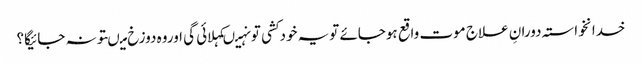
خدانخواستہ دورانِ علاج موت واقع ہوجائے تویہ خودکشی تونہیںکہلائی گی اوروہ دوزخ میںتونہ جائیگا؟